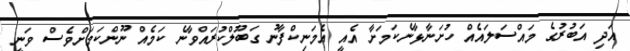
އަދި އަބުރުގެ މައްސަލައެއް ހުށަނާޅާނެކަމަށާ އެއީ އެމަނިކްފާނު ގަބޫލްކުރައްވާނެ ކަމެއް ނޫންކަމަށްވެސް ވަނީ